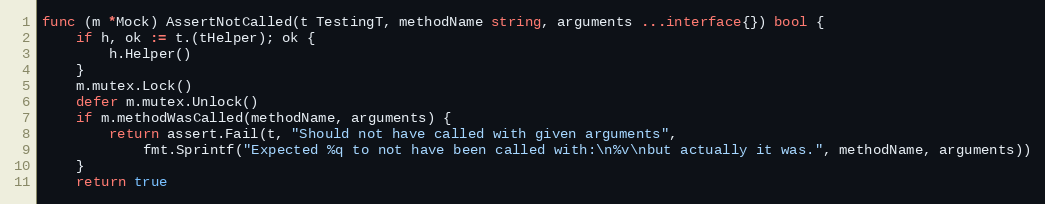
Language: Go
func (m *Mock) AssertNotCalled(t TestingT, methodName string, arguments ...interface{}) bool {
	if h, ok := t.(tHelper); ok {
		h.Helper()
	}
	m.mutex.Lock()
	defer m.mutex.Unlock()
	if m.methodWasCalled(methodName, arguments) {
		return assert.Fail(t, "Should not have called with given arguments",
			fmt.Sprintf("Expected %q to not have been called with:\n%v\nbut actually it was.", methodName, arguments))
	}
	return true